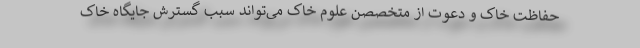
حفاظت خاک و دعوت از متخصصن علوم خاک می‌تواند سبب گسترش جایگاه خاک